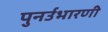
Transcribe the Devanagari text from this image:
पुनर्उभारणी